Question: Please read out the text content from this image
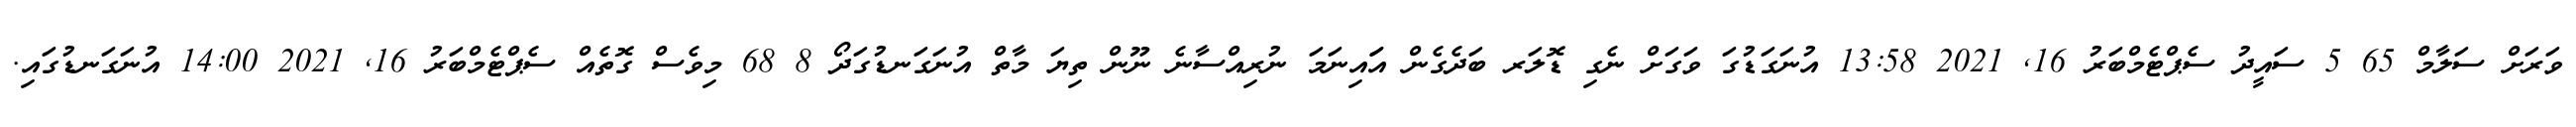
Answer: ވަރަށް ސަލާމް 65 5 ސައީދު ސެޕްޓެމްބަރު 16, 2021 13:58 އުނަގަޑުގަ ވަގަށް ނެގި ޑޮލަރ ބަދެގެން އަައިނަމަ ނުރިއްސާނެ ނޫން ތިޔަ މާތް އުނަގަނޑުގަދޯ 8 68 މިވެސް ގޮތެއް ސެޕްޓެމްބަރު 16, 2021 14:00 އުނަގަނޑުގައި.